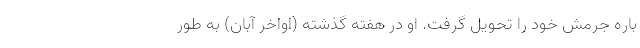
باره جرمش خود را تحویل گرفت. او در هفته گذشته (اواخر آبان) به طور